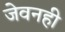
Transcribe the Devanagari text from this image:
जेवनही